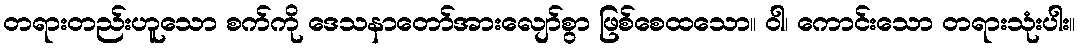
တရားတည်းဟူသော စက်ကို ဒေသနာတော်အားလျော်စွာ ဖြစ်စေထသော။ ဝါ၊ ကောင်းသော တရားသုံးပါး။